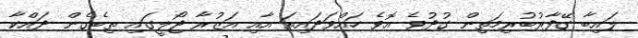
ލައިބާ ގޭފާރުބުރިމަތިން ގުދުވެ އޮވެ ހައްވަދައިތަ އާއި އަޒުރާ ޖޯލީގައި ތިބެގެން ދައްކާ